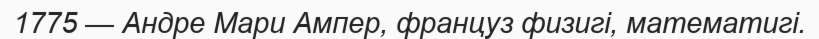
1775 — Андре Мари Ампер, француз физигі, математигі.